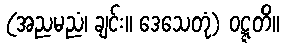
(အညမညံ၊ ချင်း။ ဒေသေတုံ) ဝဋ္ဋတိ။